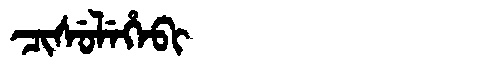
Manchu: ᠴᡳᠰᡠᠯᡝᡥᡝᠪᡳ
Romanization: CISULEHEBI